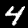
Label: 4